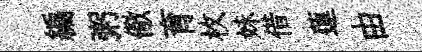
編粥儆育枚妹借蓮由